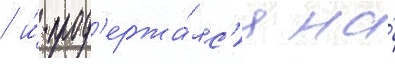
/ и́ прод'ержа́лс'я на́